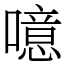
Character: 噫